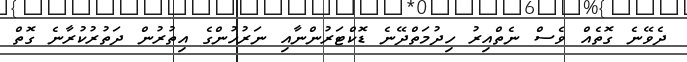
ދެވޭނެ ގޮތެއް ވެސް ނެތްއިރު ހިދުމަތްދޭނެ ޑޮކްޓަރުންނާއި ނަރުހުންގެ އިތުރުން ދަތުރުކުރާނެ ގޮތް